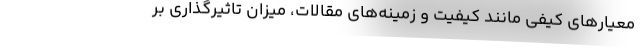
معیارهای کیفی مانند کیفیت و زمینه‌های مقالات، میزان تاثیرگذاری بر